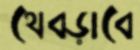
থেব্‌ড়াবে